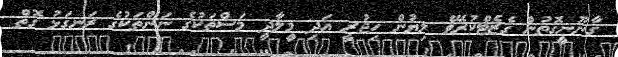
ޤާނޫނީގޮތުން ގެޒެޓްކުރެވޭ ލިޔުން ހިޖުރީ އަދި މީލާދީ މަސްތަކުގެ ނަންތަކުގެ ރަނގަޅު ގޮތް